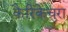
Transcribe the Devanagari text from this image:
कैरिकेचुरा